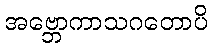
အဗ္ဘောကာသဂတောပိ